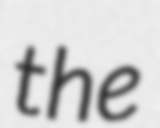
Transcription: the